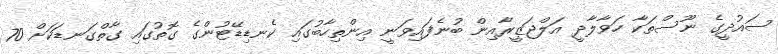
ސައުދީގެ ނޫސްތަކާ ހަވާލާދީ އަލްޖަޒީރާއިން ބުނެފައިވަނީ އިންތިހާބުގައި ކެނޑިޑޭޓުންގެ ގޮތުގައި ގާތްގަނޑަކަށް 70